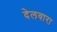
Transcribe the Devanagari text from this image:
देलवारा